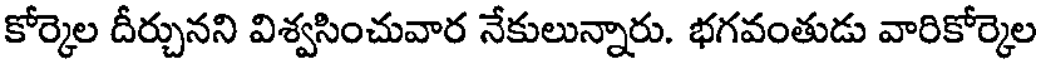
కోర్కెల దీర్చునని విశ్వసించువార నేకులున్నారు. భగవంతుడు వారికోర్కెల